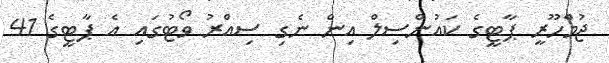
ޖުމްހޫރީ ޕާޓީގެ ކައުންސިލް އިން ނެގި ސިއްރު ވޯޓުގައި އެ ޕާޓީގެ 41